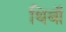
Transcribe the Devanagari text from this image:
थिबॉ